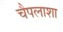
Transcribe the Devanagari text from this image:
चैपलाशा